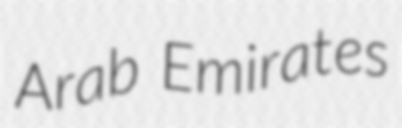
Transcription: Arab Emirates